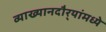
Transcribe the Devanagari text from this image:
व्याख्यानदौर्‍यांमध्ये